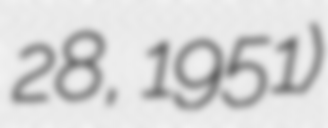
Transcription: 28, 1951)